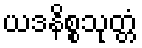
ယဒနိစ္စသုတ္တံ